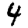
Digit: 4